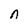
Character: n